Vaccination report Assam 1896-1927 - 1896-1927
Year: 1896
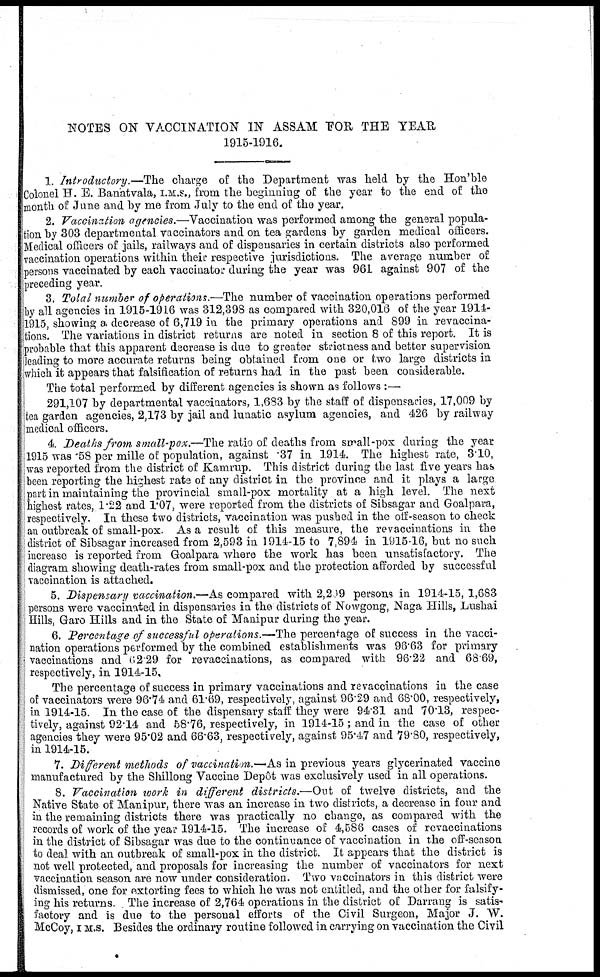
NOTES ON VACCINATION IN ASSAM FOR THE YEAR
1915-1916.
1. Introductory.—The charge of the Department was held by the Hon'ble
Colonel H. E. Banatvala, I.M.S., from the beginning of the year to the end of the
month of June and by me from July to the end of the year.
2. Vaccination agencies.—Vaccination was performed among the general popula-
tion by 303 departmental vaccinators and on tea gardens by garden medical officers.
Medical officers of jails, railways and of dispensaries in certain districts also performed
vaccination operations within their respective jurisdictions. The average number of
persons vaccinated by each vaccinator during the year was 961 against 907 of the
preceding year.
3. Total number of operations.—The number of vaccination operations performed
by all agencies in 1915-1916 was 312,398 as compared with 320,016 of the year 1914-
1915, showing a decrease of 6,719 in the primary operations and 899 in revaccina-
tions. The variations in district returns are noted in section 8 of this report. It is
probable that this apparent decrease is due to greater strictness and better supervision
leading to more accurate returns being obtained from one or two large districts in
which it appears that falsification of returns had in the past been considerable.
The total performed by different agencies is shown as follows :—
291,107 by departmental vaccinators, 1,683 by the staff of dispensaries, 17,009 by
tea garden agencies, 2,173 by jail and lunatic asylum agencies, and 426 by railway
medical officers.
4. Deaths from small-pox.—The ratio of deaths from small-pox during the year
1915 was .58 per mille of population, against .37 in 1914. The highest rate, 3.10,
was reported from the district of Kamrup. This district during the last five years has
been reporting the highest rate of any district in the province and it plays a large
part in maintaining the provincial small-pox mortality at a high level. The next
highest rates, 1.22 and 1.07, were reported from the districts of Sibsagar and Goalpara,
respectively. In these two districts, vaccination was pushed in the off-season to check
an outbreak of small-pox. As a result of this measure, the revaccinations in the
district of Sibsagar increased from 2,593 in 1914-15 to 7,894 in 1915-16, but no such
increase is reported from Goalpara where the work has been unsatisfactory. The
diagram showing death-rates from small-pox and the protection afforded by successful
vaccination is attached.
5. Dispensary vaccination.—As compared with 2,209 persons in 1914-15, 1,683
persons were vaccinated in dispensaries in the districts of Nowgong, Naga Hills, Lushai
Hills, Garo Hills and in the State of Manipur during the year.
6. Percentage of successful operations.—The percentage of success in the vacci-
nation operations performed by the combined establishments was 96.63 for primary
vaccinations and 62.29 for revaccinations, as compared with 96.22 and 68.69,
respectively, in 1914-15.
The percentage of success in primary vaccinations and revaccinations in the case
of vaccinators were 96.74 and 61.69, respectively, against 96.29 and 68.00, respectively,
in 1914-15. In the case of the dispensary staff they were 94.31 and 70.13, respec-
tively, against 92.14 and 58.76, respectively, in 1914-15 ; and in the case of other
agencies they were 95.02 and 66.63, respectively, against 95.47 and 79.80, respectively,
in 1914-15.
7. Different methods of vaccination.—As in previous years glycerinated vaccine
manufactured by the Shillong Vaccine Depôt was exclusively used in all operations.
8. Vaccination work in different districts.—Out of twelve districts, and the
Native State of Manipur, there was an increase in two districts, a decrease in four and
in the remaining districts there was practically no change, as compared with the
records of work of the year 1914-15. The increase of 4,586 cases of revaccinations
in the district of Sibsagar was due to the continuance of vaccination in the off-season
to deal with an outbreak of small-pox in the district. It appears that the district is
not well protected, and proposals for increasing the number of vaccinators for next
vaccination season are now under consideration. Two vaccinators in this district were
dismissed, one for extorting fees to which he was not entitled, and the other for falsify-
ing his returns. The increase of 2,764 operations in the district of Darrang is satis-
factory and is due to the personal efforts of the Civil Surgeon, Major J. W.
McCoy, I. M.S. Besides the ordinary routine followed in carrying on vaccination the Civil